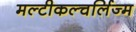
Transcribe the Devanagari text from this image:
मल्टीकल्चर्लिज्म